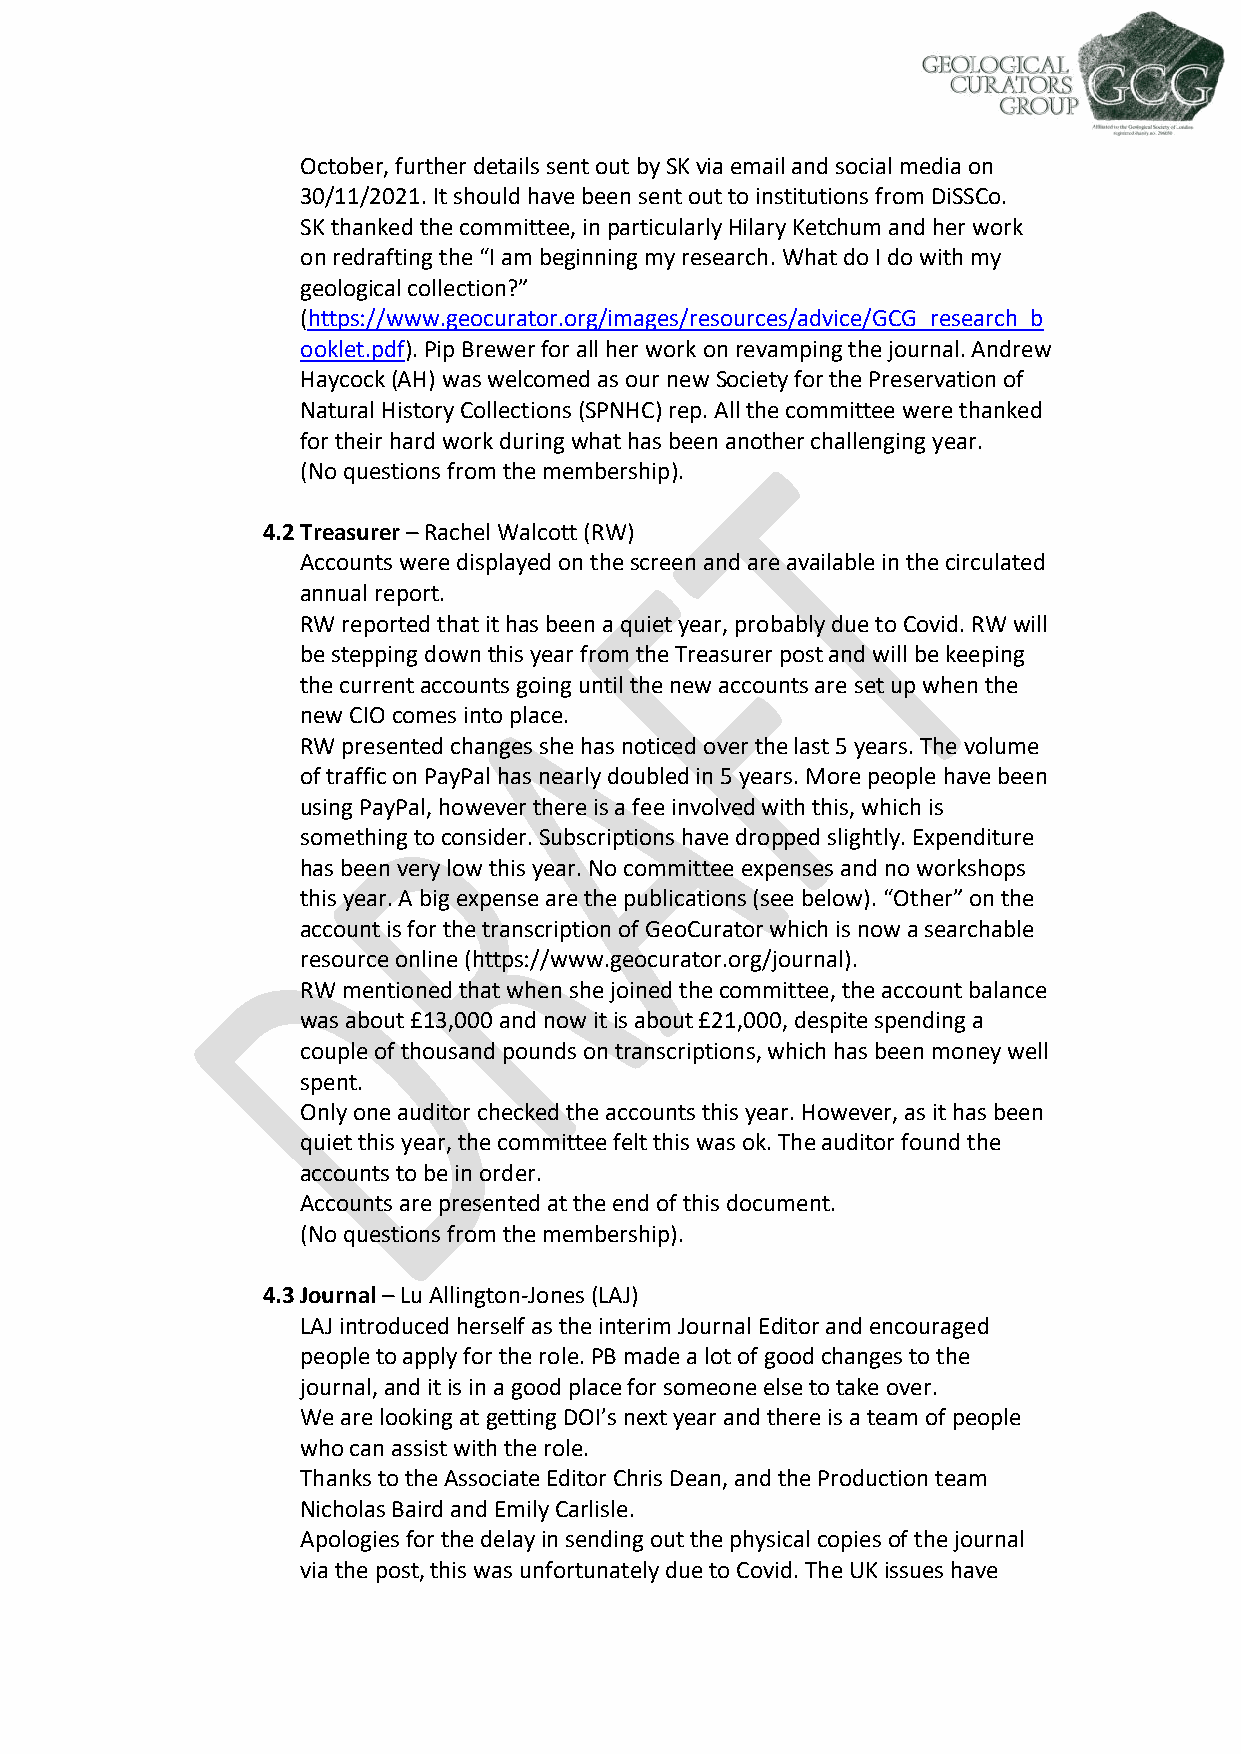
October, further details sent out by SK via email and social media on
 30/11/2021. It should have been sent out to institutions from DiSSCo.
 SK thanked the committee, in particularly Hilary Ketchum and her work
 on redrafting the “I am beginning my research. What do I do with my
 geological collection?”
 (https://www.geocurator.org/images/resources/advice/GCG_research_b
 ooklet.pdf). Pip Brewer for all her work on revamping the journal. Andrew
 Haycock (AH) was welcomed as our new Society for the Preservation of
 Natural History Collections (SPNHC) rep. All the committee were thanked
 for their hard work during what has been another challenging year.
 (No questions from the membership).
 4.2 Treasurer – Rachel Walcott (RW)
 Accounts were displayed on the screen and are available in the circulated
 annual report.
 RW reported that it has been a quiet year, probably due to Covid. RW will
 be stepping down this year from the Treasurer post and will be keeping
 the current accounts going until the new accounts are set up when the
 new CIO comes into place.
 RW presented changes she has noticed over the last 5 years. The volume
 of traffic on PayPal has nearly doubled in 5 years. More people have been
 using PayPal, however there is a fee involved with this, which is
 something to consider. Subscriptions have dropped slightly. Expenditure
 has been very low this year. No committee expenses and no workshops
 this year. A big expense are the publications (see below). “Other” on the
 account is for the transcription of GeoCurator which is now a searchable
 resource online (https://www.geocurator.org/journal).
 RW mentioned that when she joined the committee, the account balance
 was about £13,000 and now it is about £21,000, despite spending a
 couple of thousand pounds on transcriptions, which has been money well
 spent.
 Only one auditor checked the accounts this year. However, as it has been
 quiet this year, the committee felt this was ok. The auditor found the
 accounts to be in order.
 Accounts are presented at the end of this document.
 (No questions from the membership).
 4.3 Journal – Lu Allington-Jones (LAJ)
 LAJ introduced herself as the interim Journal Editor and encouraged
 people to apply for the role. PB made a lot of good changes to the
 journal, and it is in a good place for someone else to take over.
 We are looking at getting DOI’s next year and there is a team of people
 who can assist with the role.
 Thanks to the Associate Editor Chris Dean, and the Production team
 Nicholas Baird and Emily Carlisle.
 Apologies for the delay in sending out the physical copies of the journal
 via the post, this was unfortunately due to Covid. The UK issues have